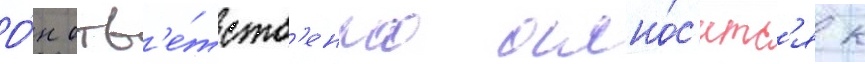
О́н отв'е́тств'енно отно́с'итс'я к